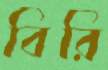
বিরি